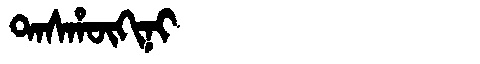
Manchu: ᡨᠠᠰᡥᡡᡴᡳᠨᡳ
Romanization: TASHŪKINI